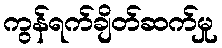
ကွန်ရက်ချိတ်ဆက်မှု